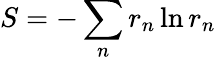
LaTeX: S=-\sum_{n}r_{n}\ln r_{n}